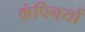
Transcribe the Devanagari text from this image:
कंपिनयों